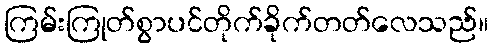
ကြမ်းကြုတ်စွာပင်တိုက်ခိုက်တတ်လေသည်။